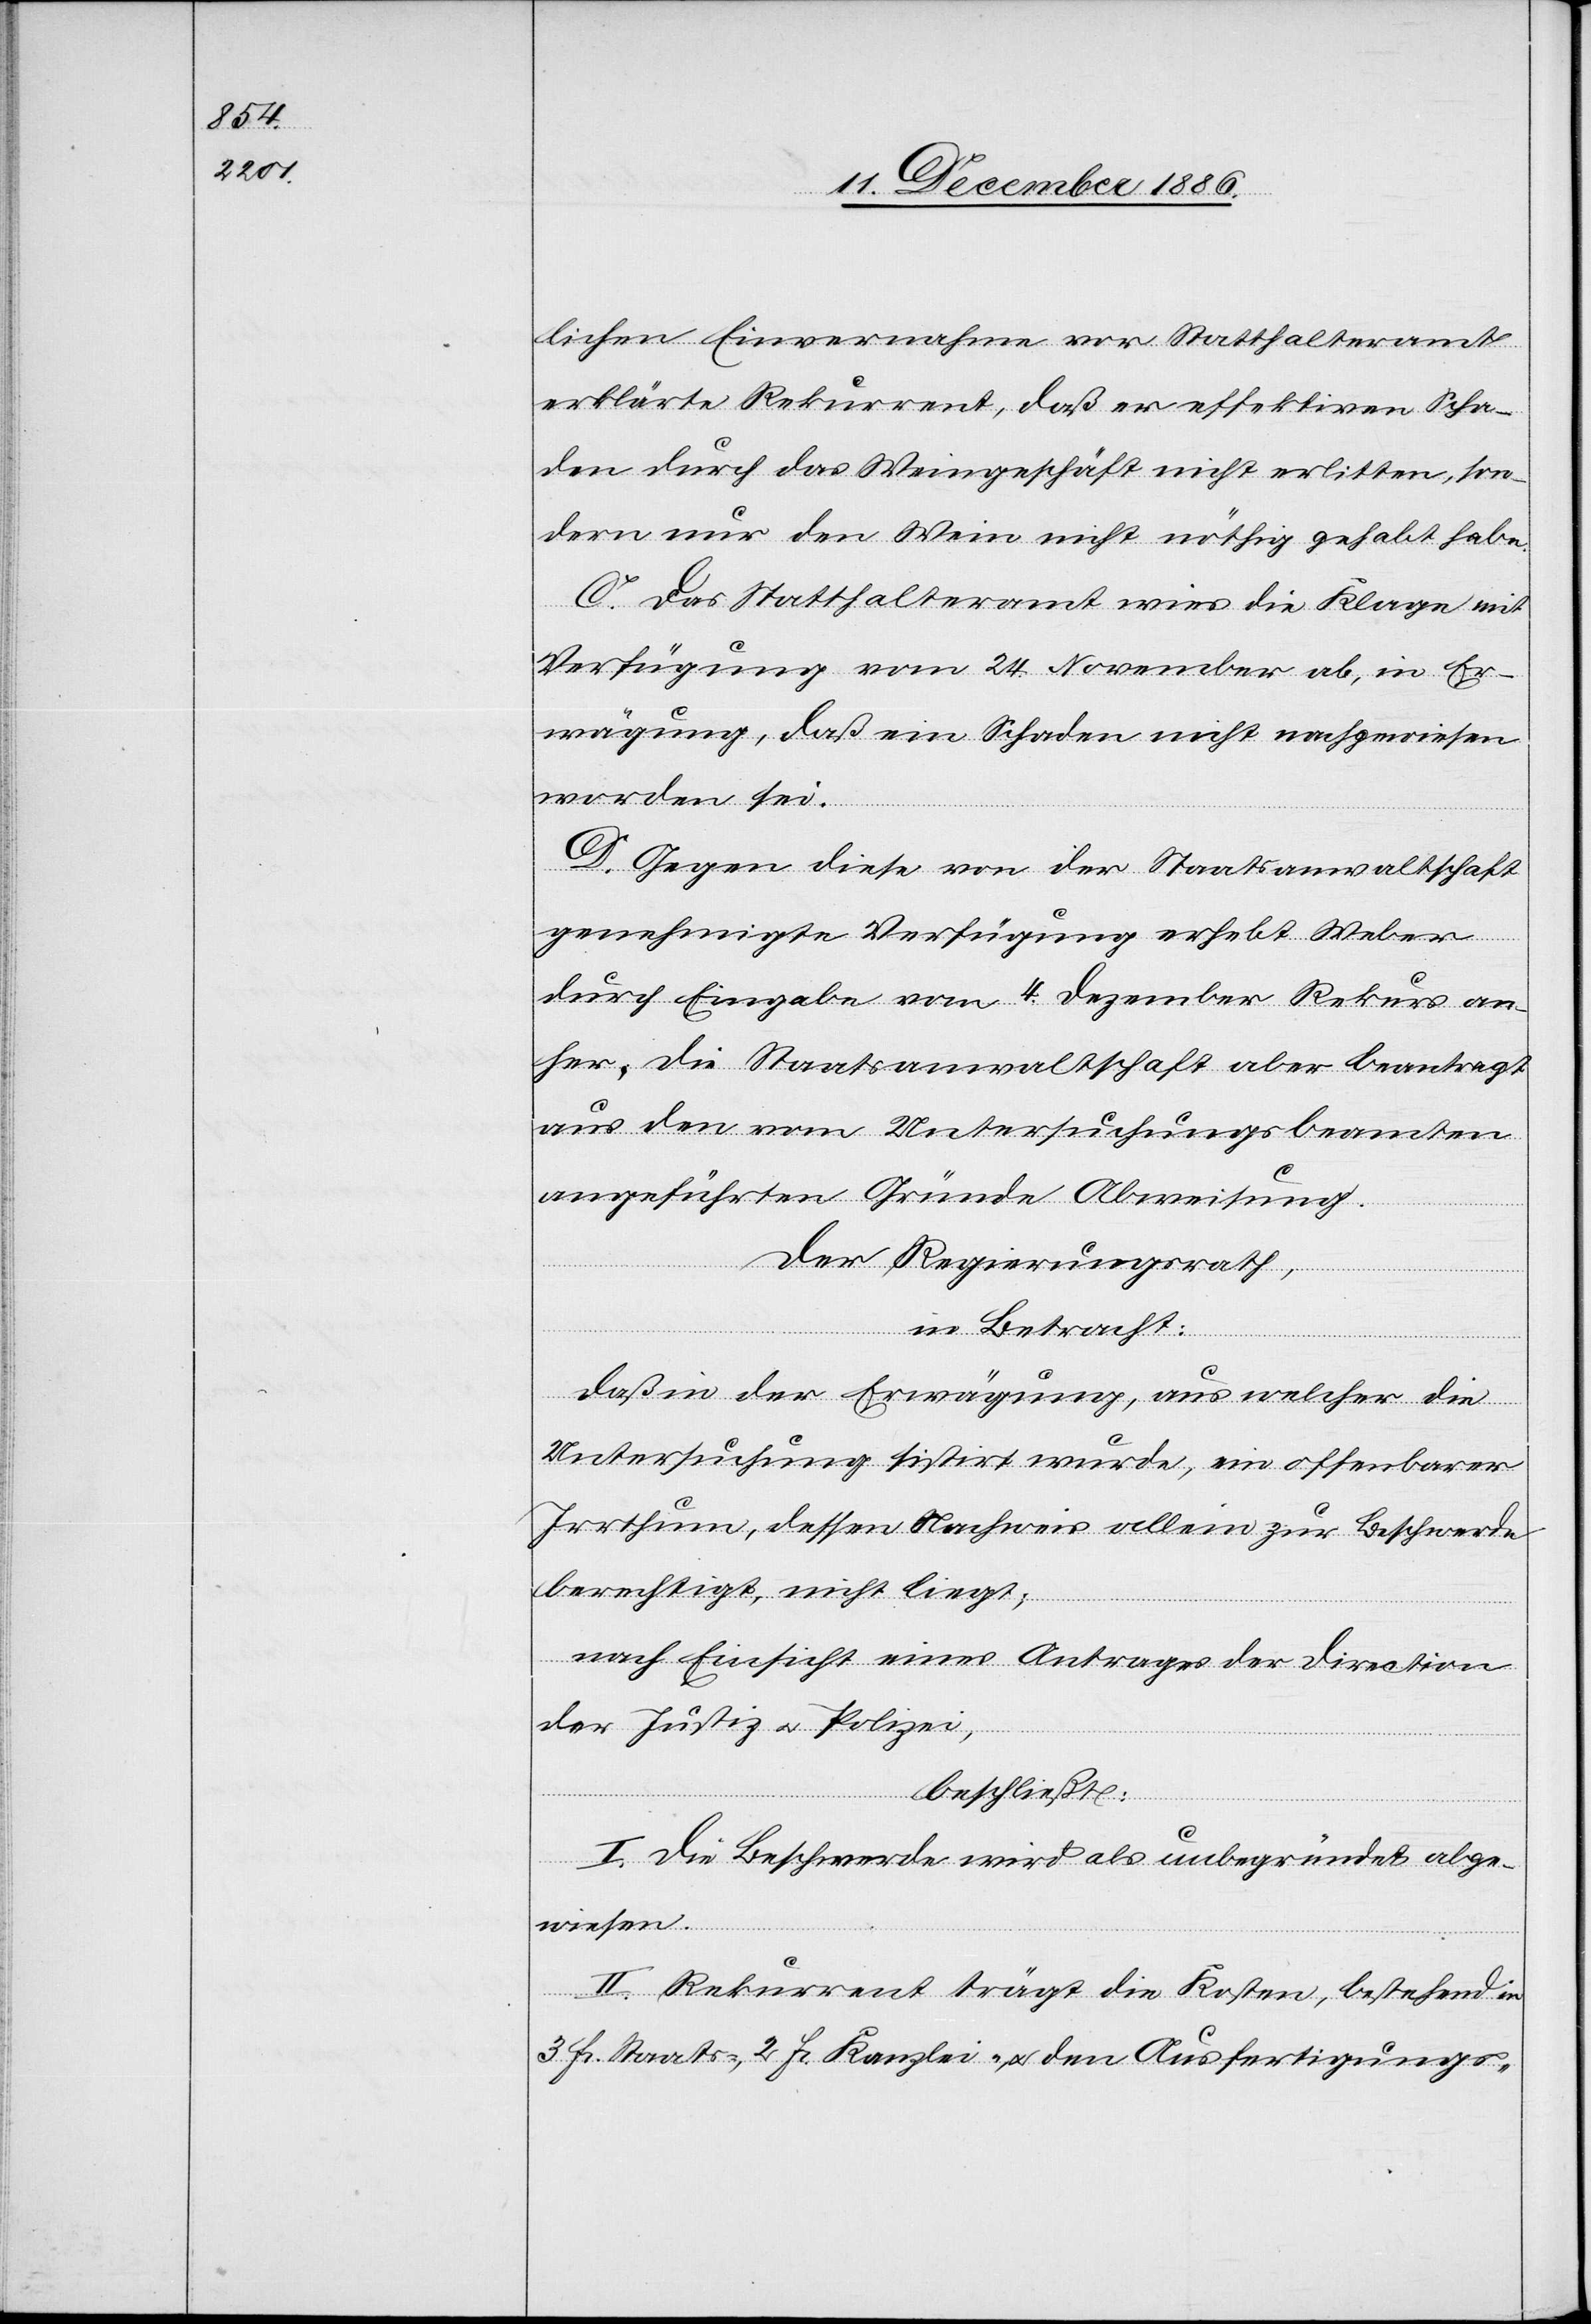
lichen Einvernahme vor Statthalteramt
erklärte Rekurrent, daß er effektiven Scha¬
den durch das Weingeschäft nicht erlitten, son¬
dern nur den Wein nicht nöthig gehabt habe.
C. Das Statthalteramt wies die Klage mit
Verfügung vom 24. November ab, in Er¬
wägung, daß ein Schaden nicht nachgewiesen
worden sei.
D. Gegen diese von der Staatsanwaltschaft
genehmigte Verfügung erhebt Weber
durch Eingabe vom 4. Dezember Rekurs an¬
her. Die Staatsanwaltschaft aber beantragt
aus den vom Untersuchungsbeamten
angeführten Gründe[n] Abweisung.
Der Regierungsrath,
in Betracht:
Daß in der Erwägung, aus welcher die
Untersuchung sistirt wurde, ein offenbarer
Irrthum, dessen Nachweis allein zur Beschwerde
berechtigt, nicht liegt;
nach Einsicht eines Antrages der Direction
der Justiz & Polizei,
beschließt:
I. Die Beschwerde wird als unbegründet abge¬
wiesen.
II. Rekurrent trägt die Kosten, bestehend in
3 Fr. Staats-, 2 Fr. Kanzlei-, & den Ausfertigungs-